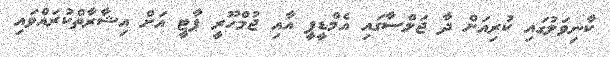
ކާނިވަލުގައި ކުރިއަށް ދާ ޖަލްސާގައި އެމްޑީޕީ އާއި ޖުމްހޫރީ ޕާޓީ އަށް އިޝާރާތްކުރައްވައި